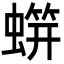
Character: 䗗